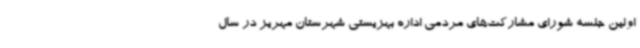
اولین جلسه شورای مشارکت‌های مردمی اداره بهزیستی شهرستان مهریز در سال